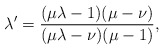
\begin{align*}\lambda' = \frac{(\mu \lambda - 1)(\mu-\nu)}{(\mu \lambda - \nu)(\mu-1)},\end{align*}